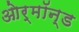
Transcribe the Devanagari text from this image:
ओर्मॉन्ड